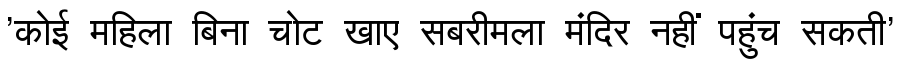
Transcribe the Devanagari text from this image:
'कोई महिला बिना चोट खाए सबरीमला मंदिर नहीं पहुंच सकती'